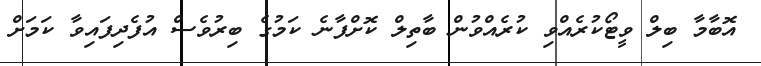
އޮބާމާ ބިލް ވީޓޯކުރެއްވި ކުރެއްވުން ބާތިލް ކޮށްފާނެ ކަމުގެ ބިރުވެސް އުފެދިފައިވާ ކަމަށް